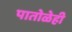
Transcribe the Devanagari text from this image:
पातोळेही